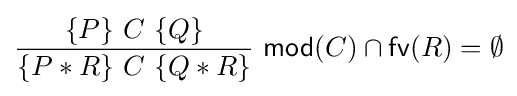
{\frac {\{P\}\ C\ \{Q\}}{\{P\ast R\}\ C\ \{Q\ast R\}}}~{\mathsf {mod}}(C)\cap {\mathsf {fv}}(R)=\emptyset